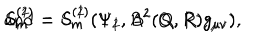
LaTeX: S _ { m } ^ { ( 1 ) } = S _ { m } ^ { ( 1 ) } ( \Psi _ { 1 } , A ^ { 2 } ( Q , R ) g _ { \mu \nu } ) \hspace { 0 . 5 c m } \mathrm { a n d } \hspace { 0 . 5 c m } S _ { m } ^ { ( 2 ) } = S _ { m } ^ { ( 2 ) } ( \Psi _ { 2 } , B ^ { 2 } ( Q , R ) g _ { \mu \nu } ) ,